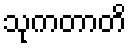
သုကတာတိ